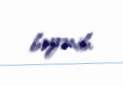
bəyənib.